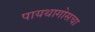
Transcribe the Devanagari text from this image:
पायथागोसचा